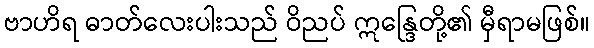
ဗာဟိရ ဓာတ်လေးပါးသည် ဝိညပ် ဣန္ဒြေတို့၏ မှီရာမဖြစ်။